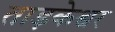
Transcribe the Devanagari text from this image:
ताड़केश्वर